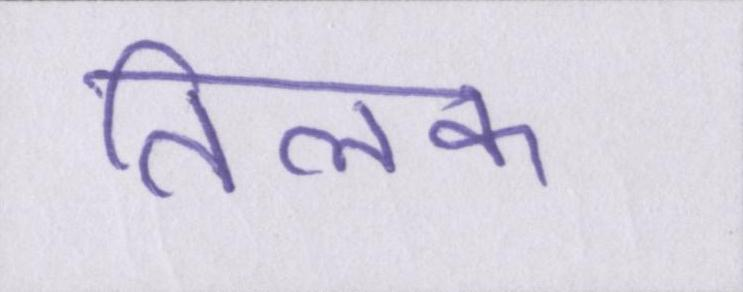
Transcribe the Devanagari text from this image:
तिलक